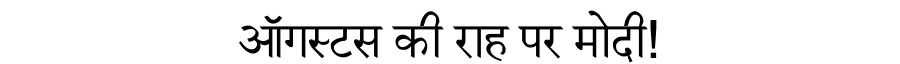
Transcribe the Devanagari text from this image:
ऑगस्टस की राह पर मोदी!